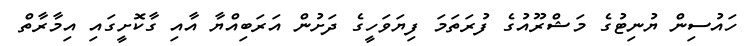
ހައުސިން ޔުނިޓުގެ މަޝްރޫއުގެ ފުރަތަމަ ފިޔަވަހީގެ ދަށުން އަރަބިއްޔާ އާއި ގާކޮށީގައި އިމާރާތް